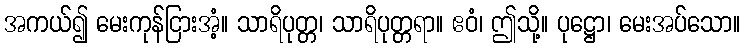
အကယ်၍ မေးကုန်ငြားအံ့။ သာရိပုတ္တ၊ သာရိပုတ္တရာ။ ဧဝံ၊ ဤသို့။ ပုဋ္ဌော၊ မေးအပ်သော။